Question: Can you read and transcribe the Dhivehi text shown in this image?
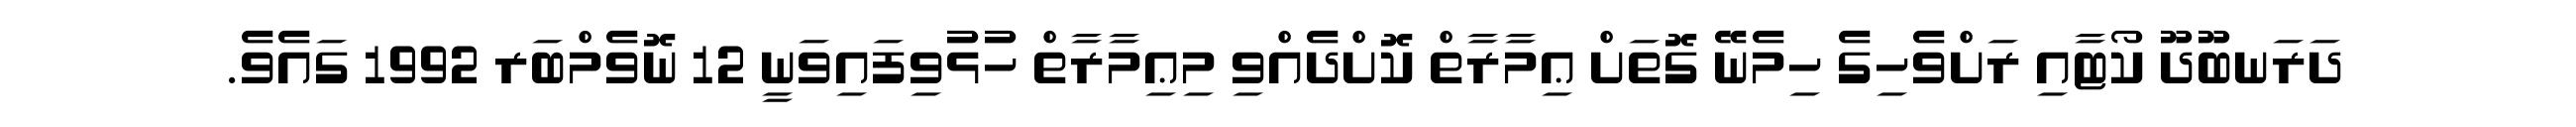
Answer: ދަރަނބޫދޫ ކޯޓާއި ރަށްވެހިގެ ހިމެނޭ ގޮތަށް ޢިމާރާތް ކޮށްދެއްވި މިޢިމާރާތް ހުޅުވިފައިވަނީ 12 ނޮވެމްބަރ 1992 ގައެވެ.